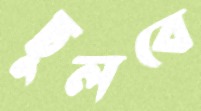
ছুলবে